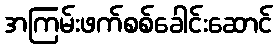
အကြမ်းဖက်စစ်ခေါင်းဆောင်